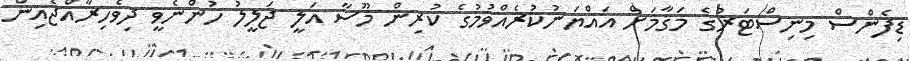
ޑިފެންސް މިނިސްޓަރުގެ މަޤާމަށް އައްޔަނުކުރެއްވުމުގެ ކުރިން މޫސާ އަލީ ޖަލީލު ހުންނެވީ ދިވެހިރާއްޖެއިން